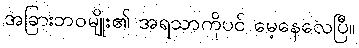
အခြားဘဝမျိုး၏ အရသာကိုပင် မေ့နေလေပြီ။